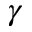
\gamma